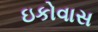
ઇકોવાસ